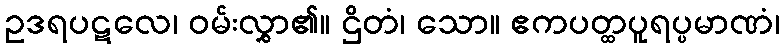
ဥဒရပဋလေ၊ ဝမ်းလွှာ၏။ ဌိတံ၊ သော။ ဧကပတ္ထပူရပ္ပမာဏံ၊